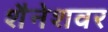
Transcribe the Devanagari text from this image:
शैनेशवर